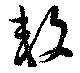
敇